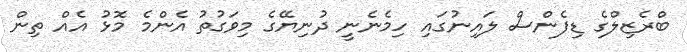
ބްރެޒިލްގެ ޑިފެންސް ލައިނުގައި ހިމެނެނީ ދުނިޔޭގެ މިވަގުތު އެންމެ މޮޅު އެއް ތިން